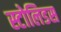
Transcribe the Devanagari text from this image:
स्टोलिडस